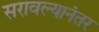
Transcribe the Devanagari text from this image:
सरावल्यानंतर